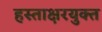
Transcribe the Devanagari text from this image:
हस्ताक्षरयुक्त